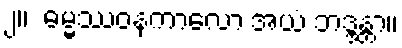
၂။  ဓမ္မဿဝနကာလော အယံ ဘဒ္ဒန္တာ။